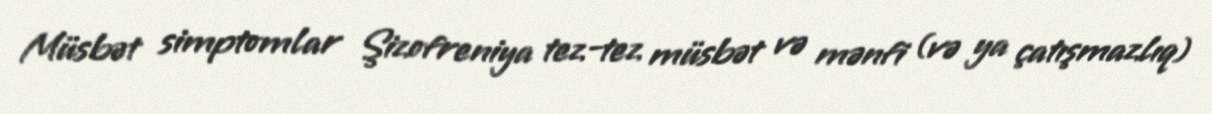
Müsbət simptomlar Şizofreniya tez-tez müsbət və mənfi (və ya çatışmazlıq)